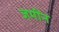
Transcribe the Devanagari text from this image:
जमींन